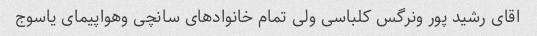
اقای رشید پور ونرگس کلباسی ولی تمام خانوادهای سانچی وهواپیمای یاسوج